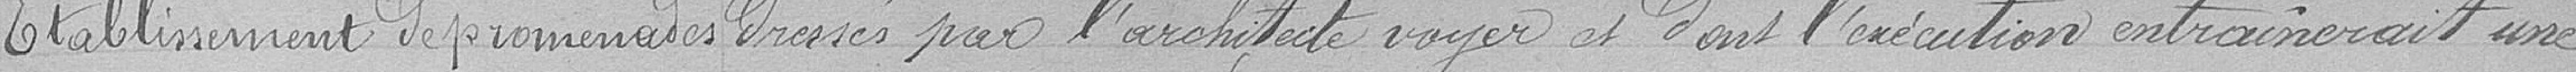
Établissement de promenades dressé par l'architecte voyer et dont l'exécution entraînerait une